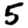
Digit: 5